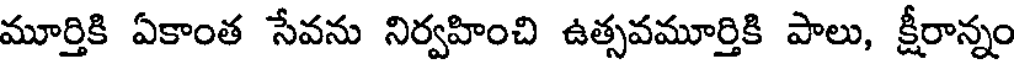
మూర్తికి ఏకాంత సేవను నిర్వహించి ఉత్సవమూర్తికి పాలు, క్షీరాన్నం